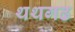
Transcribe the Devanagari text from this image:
थथगढ